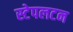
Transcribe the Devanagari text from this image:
स्टेपलटन